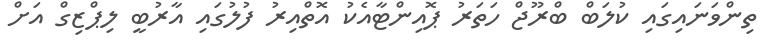
ތިންވަނައިގައި ކުލަބް ބްރޫޖް ހަތަރު ޕޮއިންޓާއެކު އޮތްއިރު ފުލުގައި އާރުބީ ލިޕްޒިގް އަށް